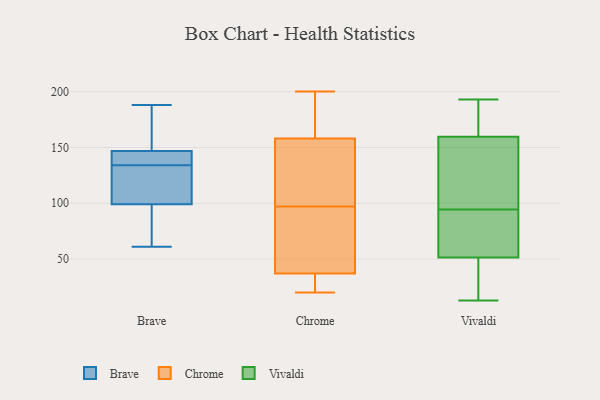
{"axis": {"x": "Revenue (USD Million)", "y": "Value"}, "legend": ["Brave", "Chrome", "Vivaldi"], "data": [{"x": "", "y": 146, "type": "Brave"}, {"x": "", "y": 61, "type": "Brave"}, {"x": "", "y": 146, "type": "Brave"}, {"x": "", "y": 134, "type": "Brave"}, {"x": "", "y": 162, "type": "Brave"}, {"x": "", "y": 147, "type": "Brave"}, {"x": "", "y": 92, "type": "Brave"}, {"x": "", "y": 131, "type": "Brave"}, {"x": "", "y": 120, "type": "Brave"}, {"x": "", "y": 188, "type": "Brave"}, {"x": "", "y": 76, "type": "Brave"}, {"x": "", "y": 92, "type": "Chrome"}, {"x": "", "y": 111, "type": "Chrome"}, {"x": "", "y": 36, "type": "Chrome"}, {"x": "", "y": 91, "type": "Chrome"}, {"x": "", "y": 26, "type": "Chrome"}, {"x": "", "y": 183, "type": "Chrome"}, {"x": "", "y": 200, "type": "Chrome"}, {"x": "", "y": 197, "type": "Chrome"}, {"x": "", "y": 159, "type": "Chrome"}, {"x": "", "y": 32, "type": "Chrome"}, {"x": "", "y": 173, "type": "Chrome"}, {"x": "", "y": 140, "type": "Chrome"}, {"x": "", "y": 20, "type": "Chrome"}, {"x": "", "y": 35, "type": "Chrome"}, {"x": "", "y": 71, "type": "Chrome"}, {"x": "", "y": 40, "type": "Chrome"}, {"x": "", "y": 97, "type": "Chrome"}, {"x": "", "y": 113, "type": "Chrome"}, {"x": "", "y": 155, "type": "Chrome"}, {"x": "", "y": 154, "type": "Vivaldi"}, {"x": "", "y": 18, "type": "Vivaldi"}, {"x": "", "y": 165, "type": "Vivaldi"}, {"x": "", "y": 39, "type": "Vivaldi"}, {"x": "", "y": 48, "type": "Vivaldi"}, {"x": "", "y": 179, "type": "Vivaldi"}, {"x": "", "y": 13, "type": "Vivaldi"}, {"x": "", "y": 39, "type": "Vivaldi"}, {"x": "", "y": 85, "type": "Vivaldi"}, {"x": "", "y": 123, "type": "Vivaldi"}, {"x": "", "y": 169, "type": "Vivaldi"}, {"x": "", "y": 178, "type": "Vivaldi"}, {"x": "", "y": 102, "type": "Vivaldi"}, {"x": "", "y": 61, "type": "Vivaldi"}, {"x": "", "y": 87, "type": "Vivaldi"}, {"x": "", "y": 130, "type": "Vivaldi"}, {"x": "", "y": 115, "type": "Vivaldi"}, {"x": "", "y": 193, "type": "Vivaldi"}, {"x": "", "y": 55, "type": "Vivaldi"}, {"x": "", "y": 87, "type": "Vivaldi"}]}